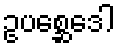
ဥပစ္ဆေဒေါ